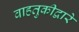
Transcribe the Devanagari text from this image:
वाहतुकीद्वारे